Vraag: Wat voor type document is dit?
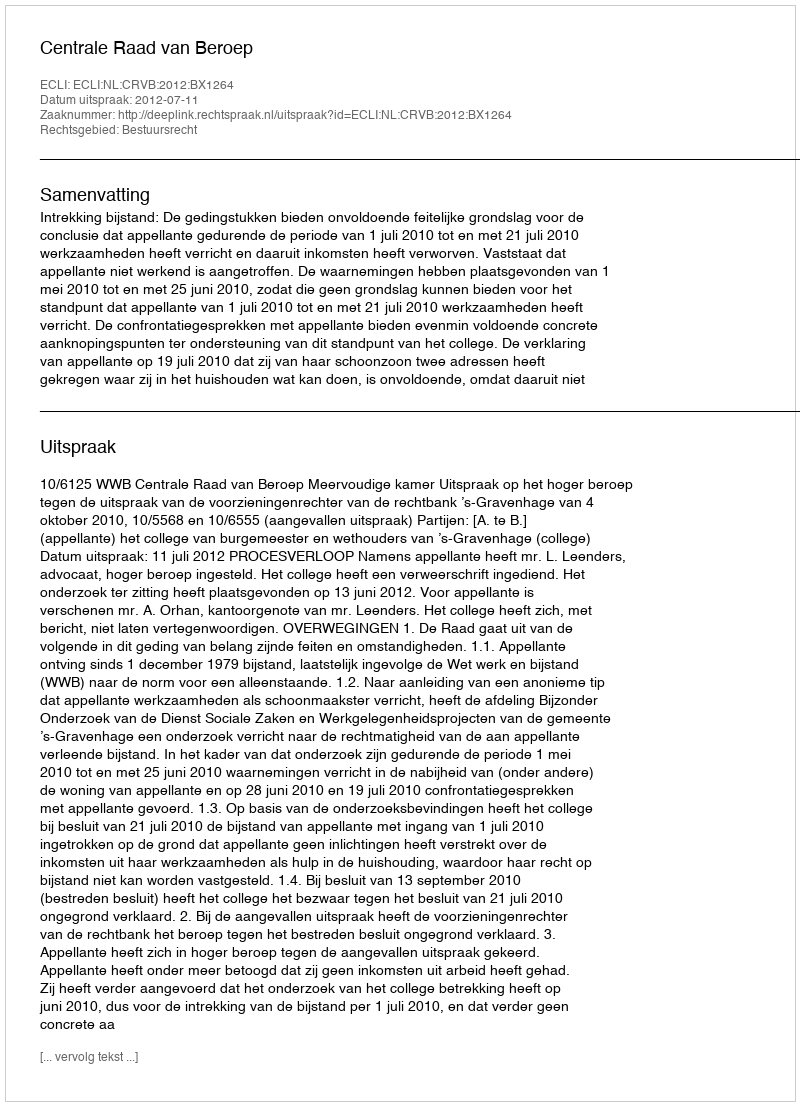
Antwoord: Uitspraak